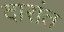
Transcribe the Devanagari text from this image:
दारांत